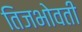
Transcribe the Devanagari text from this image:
तिजभोवती